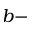
b -